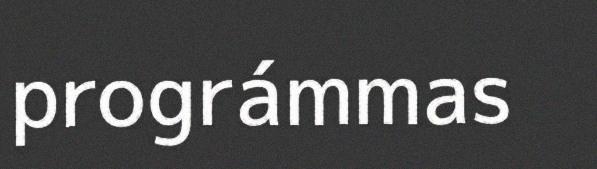
prográmmas